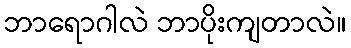
ဘာရောဂါလဲ ဘာပိုးကျတာလဲ။